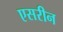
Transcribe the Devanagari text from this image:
एसरीन